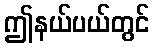
ဤနယ်ပယ်တွင်